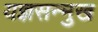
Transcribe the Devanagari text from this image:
यज्ञसन्मुख